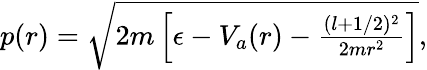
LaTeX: \begin{array}{r}{p(r)=\sqrt{2m\left[\epsilon-V_{a}(r)-\frac{(l+1/2)^{2}}{2mr^{2}}\right]},}\end{array}